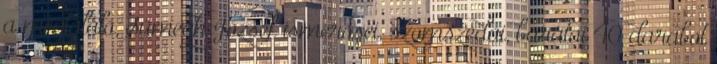
a megtaláló, Sümegh József ismerősei, szomszédai, barátai 40 darabot